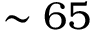
\sim 6 5